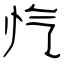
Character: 忾